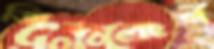
জিন্সবার্গ